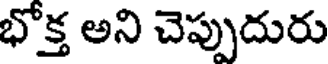
భోక్త అని చెప్పుదురు